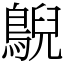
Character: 鶃